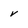
Character: V